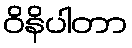
ဝိနိပါတာ